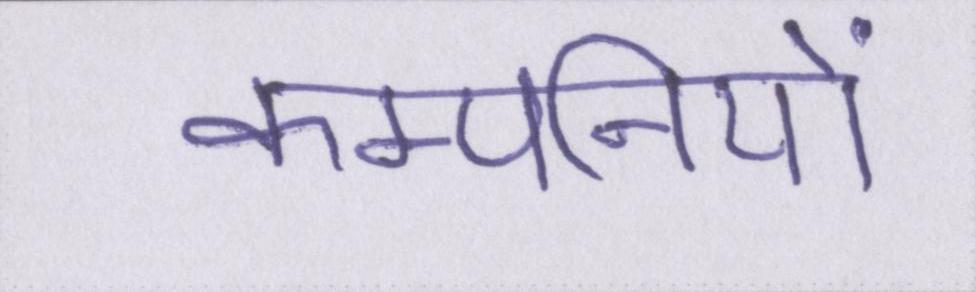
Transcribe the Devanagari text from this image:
कम्पनियों